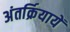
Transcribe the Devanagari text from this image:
अंतर्क्रियायें